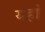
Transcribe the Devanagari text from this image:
यहां